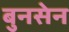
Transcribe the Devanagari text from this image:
बुनसेन